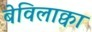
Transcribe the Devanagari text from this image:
बेविलाक्वा